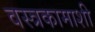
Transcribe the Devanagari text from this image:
वस्त्रकामाशी